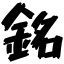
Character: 銘